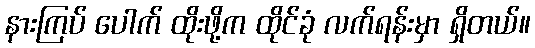
နားကြပ် ပေါက် ထိုးဖို့က ထိုင်ခုံ လက်ရန်းမှာ ရှိတယ်။